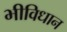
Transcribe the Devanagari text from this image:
भीविधान